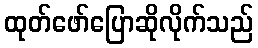
ထုတ်ဖော်ပြောဆိုလိုက်သည်